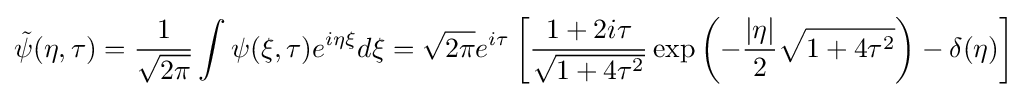
{\tilde {\psi }}(\eta ,\tau )={\frac {1}{\sqrt {2\pi }}}\int {\psi (\xi ,\tau )e^{i\eta \xi }d\xi }={\sqrt {2\pi }}e^{i\tau }\left[{\frac {1+2i\tau }{\sqrt {1+4\tau ^{2}}}}\exp \left(-{\frac {|\eta |}{2}}{\sqrt {1+4\tau ^{2}}}\right)-\delta (\eta )\right]